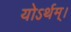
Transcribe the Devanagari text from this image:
योऽर्थम्।